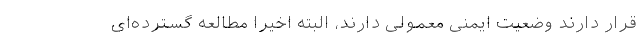
قرار دارند وضعیت ایمنی معمولی دارند، البته اخیرا مطالعه گسترده‌ای